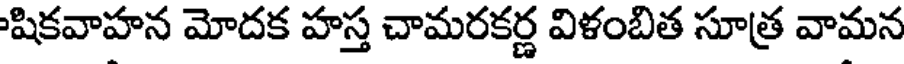
షికవాహన మోదక హస్త చామరకర్ణ విళంబిత సూత్ర వామన